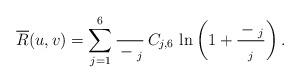
LaTeX: \begin{align*}\overline{R}(u,v) =\sum_{j=1}^{6}\frac{\overline{}}{\overline{}-\overline{}_{j}} \,C_{j,6}\,\ln\left(1+\frac{\overline{}-\overline{}_{j}}{\overline{}_{j}} \right).\end{align*}